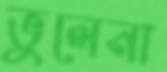
ভুলেনা